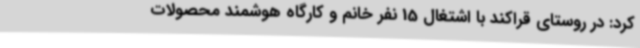
کرد: در روستای قراکند با اشتغال 15 نفر خانم و کارگاه هوشمند محصولات